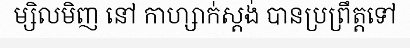
ម្សិលមិញ នៅ កាហ្សាក់ស្តង់ បានប្រព្រឹត្តទៅ